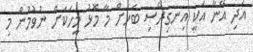
އަދި އޭނާ އަކީ އިނގިރޭސި ބަހަށް މާ މޮޅު މީހަކަށް ނުވުމުން މި